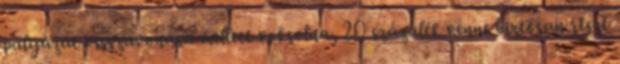
pályázat visszavonása mellett voksolna, 20 százalék venne biztosan részt